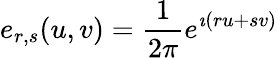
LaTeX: e_{r,s}(u,v)=\frac 1{2\pi}e^{\imath(ru+sv)}